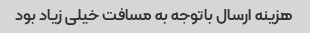
هزینه ارسال باتوجه به مسافت خیلی زیاد بود